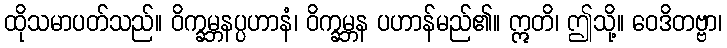
ထိုသမာပတ်သည်။ ဝိက္ခမ္ဘနပ္ပဟာနံ၊ ဝိက္ခမ္ဘန ပဟာန်မည်၏။ ဣတိ၊ ဤသို့။ ဝေဒိတဗ္ဗာ၊